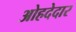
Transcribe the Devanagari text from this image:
ओहदेदार